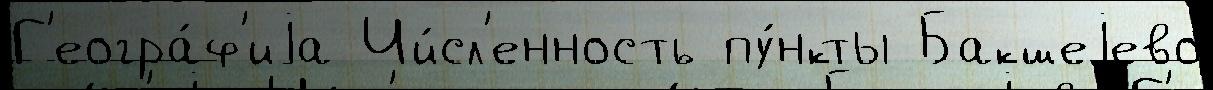
Г'еогра́ф'иjа Чи́сл'енность пу́нкты Бакшеjево